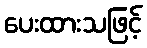
ပေးထားသဖြင့်